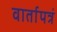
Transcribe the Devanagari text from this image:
वार्तापत्रं